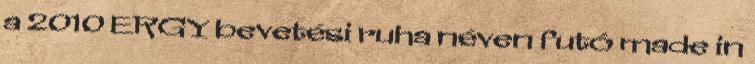
a 2010 ERGY bevetési ruha néven futó made in